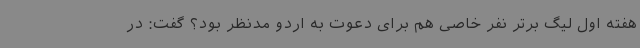
هفته اول لیگ برتر نفر خاصی هم برای دعوت به اردو مدنظر بود؟ گفت: در